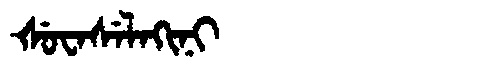
Manchu: ᡧᡠᠸᠠᠰᡝᠯᠠᡴᡳᠨᡳ
Romanization: ŠUWASELAKINI